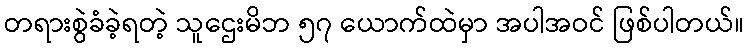
တရားစွဲခံခဲ့ရတဲ့ သူဌေးမိဘ ၅၇ ယောက်ထဲမှာ အပါအဝင် ဖြစ်ပါတယ်။